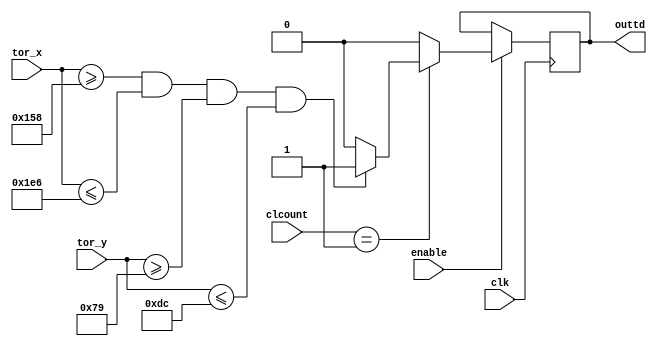
module TOUCH_DRAW2_4(
	input wire clk,
//	input wire reset,	
//	input wire switch,
	input wire [1:0]clcount,
	input wire enable,

	input wire [9:0]tor_x,
	input wire [8:0]tor_y,

	
	output reg outtd
	
	);
	
parameter[9:0] x1 = 11'd344;
parameter[9:0] x2 = 11'd486;
parameter[8:0] y1 = 11'd121;
parameter[8:0] y2 = 11'd220;


always @ (posedge clk)
	begin
		if (enable == 1)
		begin
			if (clcount == 1) 
			begin
				if ((tor_x[9:0]>=x1)&&(tor_x[9:0]<=x2)&&(tor_y[8:0]>=y1)&&(tor_y[8:0]<=y2))
						outtd = 1;
					else
						outtd = 0;
			end
				else
					outtd = 0;
		end
			else
			outtd = outtd;
	end	
endmodule